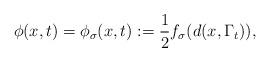
LaTeX: \begin{align*} \phi(x,t) = \phi_\sigma(x,t) := \frac12 f_\sigma(d(x,\Gamma_t)), \end{align*}